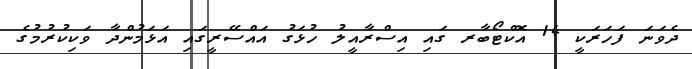
ދެވަނަ ފަހަރަކީ 14 އޮކްޓޯބާރ ގައި އިސްރާއީލު ހުޅަގު އައްސޭރީގައި އަޅަމުންދާ ވަކިކުރުމުގެ